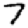
Digit: 7